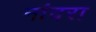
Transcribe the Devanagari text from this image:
नांदरा